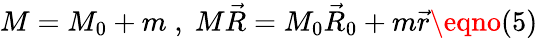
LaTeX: M=M_{0}+m\; ,\; M{\vec{R}}=M_{0}{\vec{R}}_{0}+m{\vec{r}}\eqno(5)